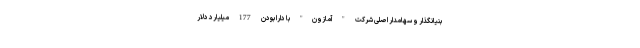
بنیانگذار و سهامدار اصلی شرکت "آمازون" با دارا بودن 177 میلیارد دلار